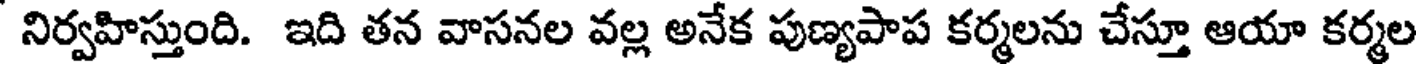
నిర్వహిస్తుంది. ఇది తన వాసనల వల్ల అనేక పుణ్యపాప కర్మలను చేస్తూ ఆయా కర్మల